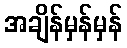
အချိန်မှန်မှန်